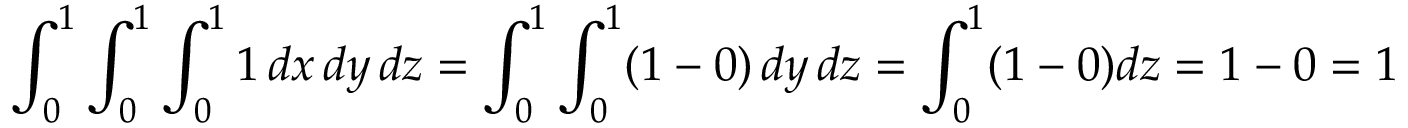
\int _ { 0 } ^ { 1 } \int _ { 0 } ^ { 1 } \int _ { 0 } ^ { 1 } 1 \, d x \, d y \, d z = \int _ { 0 } ^ { 1 } \int _ { 0 } ^ { 1 } ( 1 - 0 ) \, d y \, d z = \int _ { 0 } ^ { 1 } ( 1 - 0 ) d z = 1 - 0 = 1